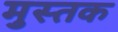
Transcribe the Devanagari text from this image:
मुस्तक